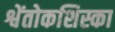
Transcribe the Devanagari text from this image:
श्वेंतोकशिस्का